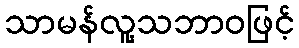
သာမန်လူ့သဘာဝဖြင့်